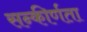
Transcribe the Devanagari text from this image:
सन्कीर्णता